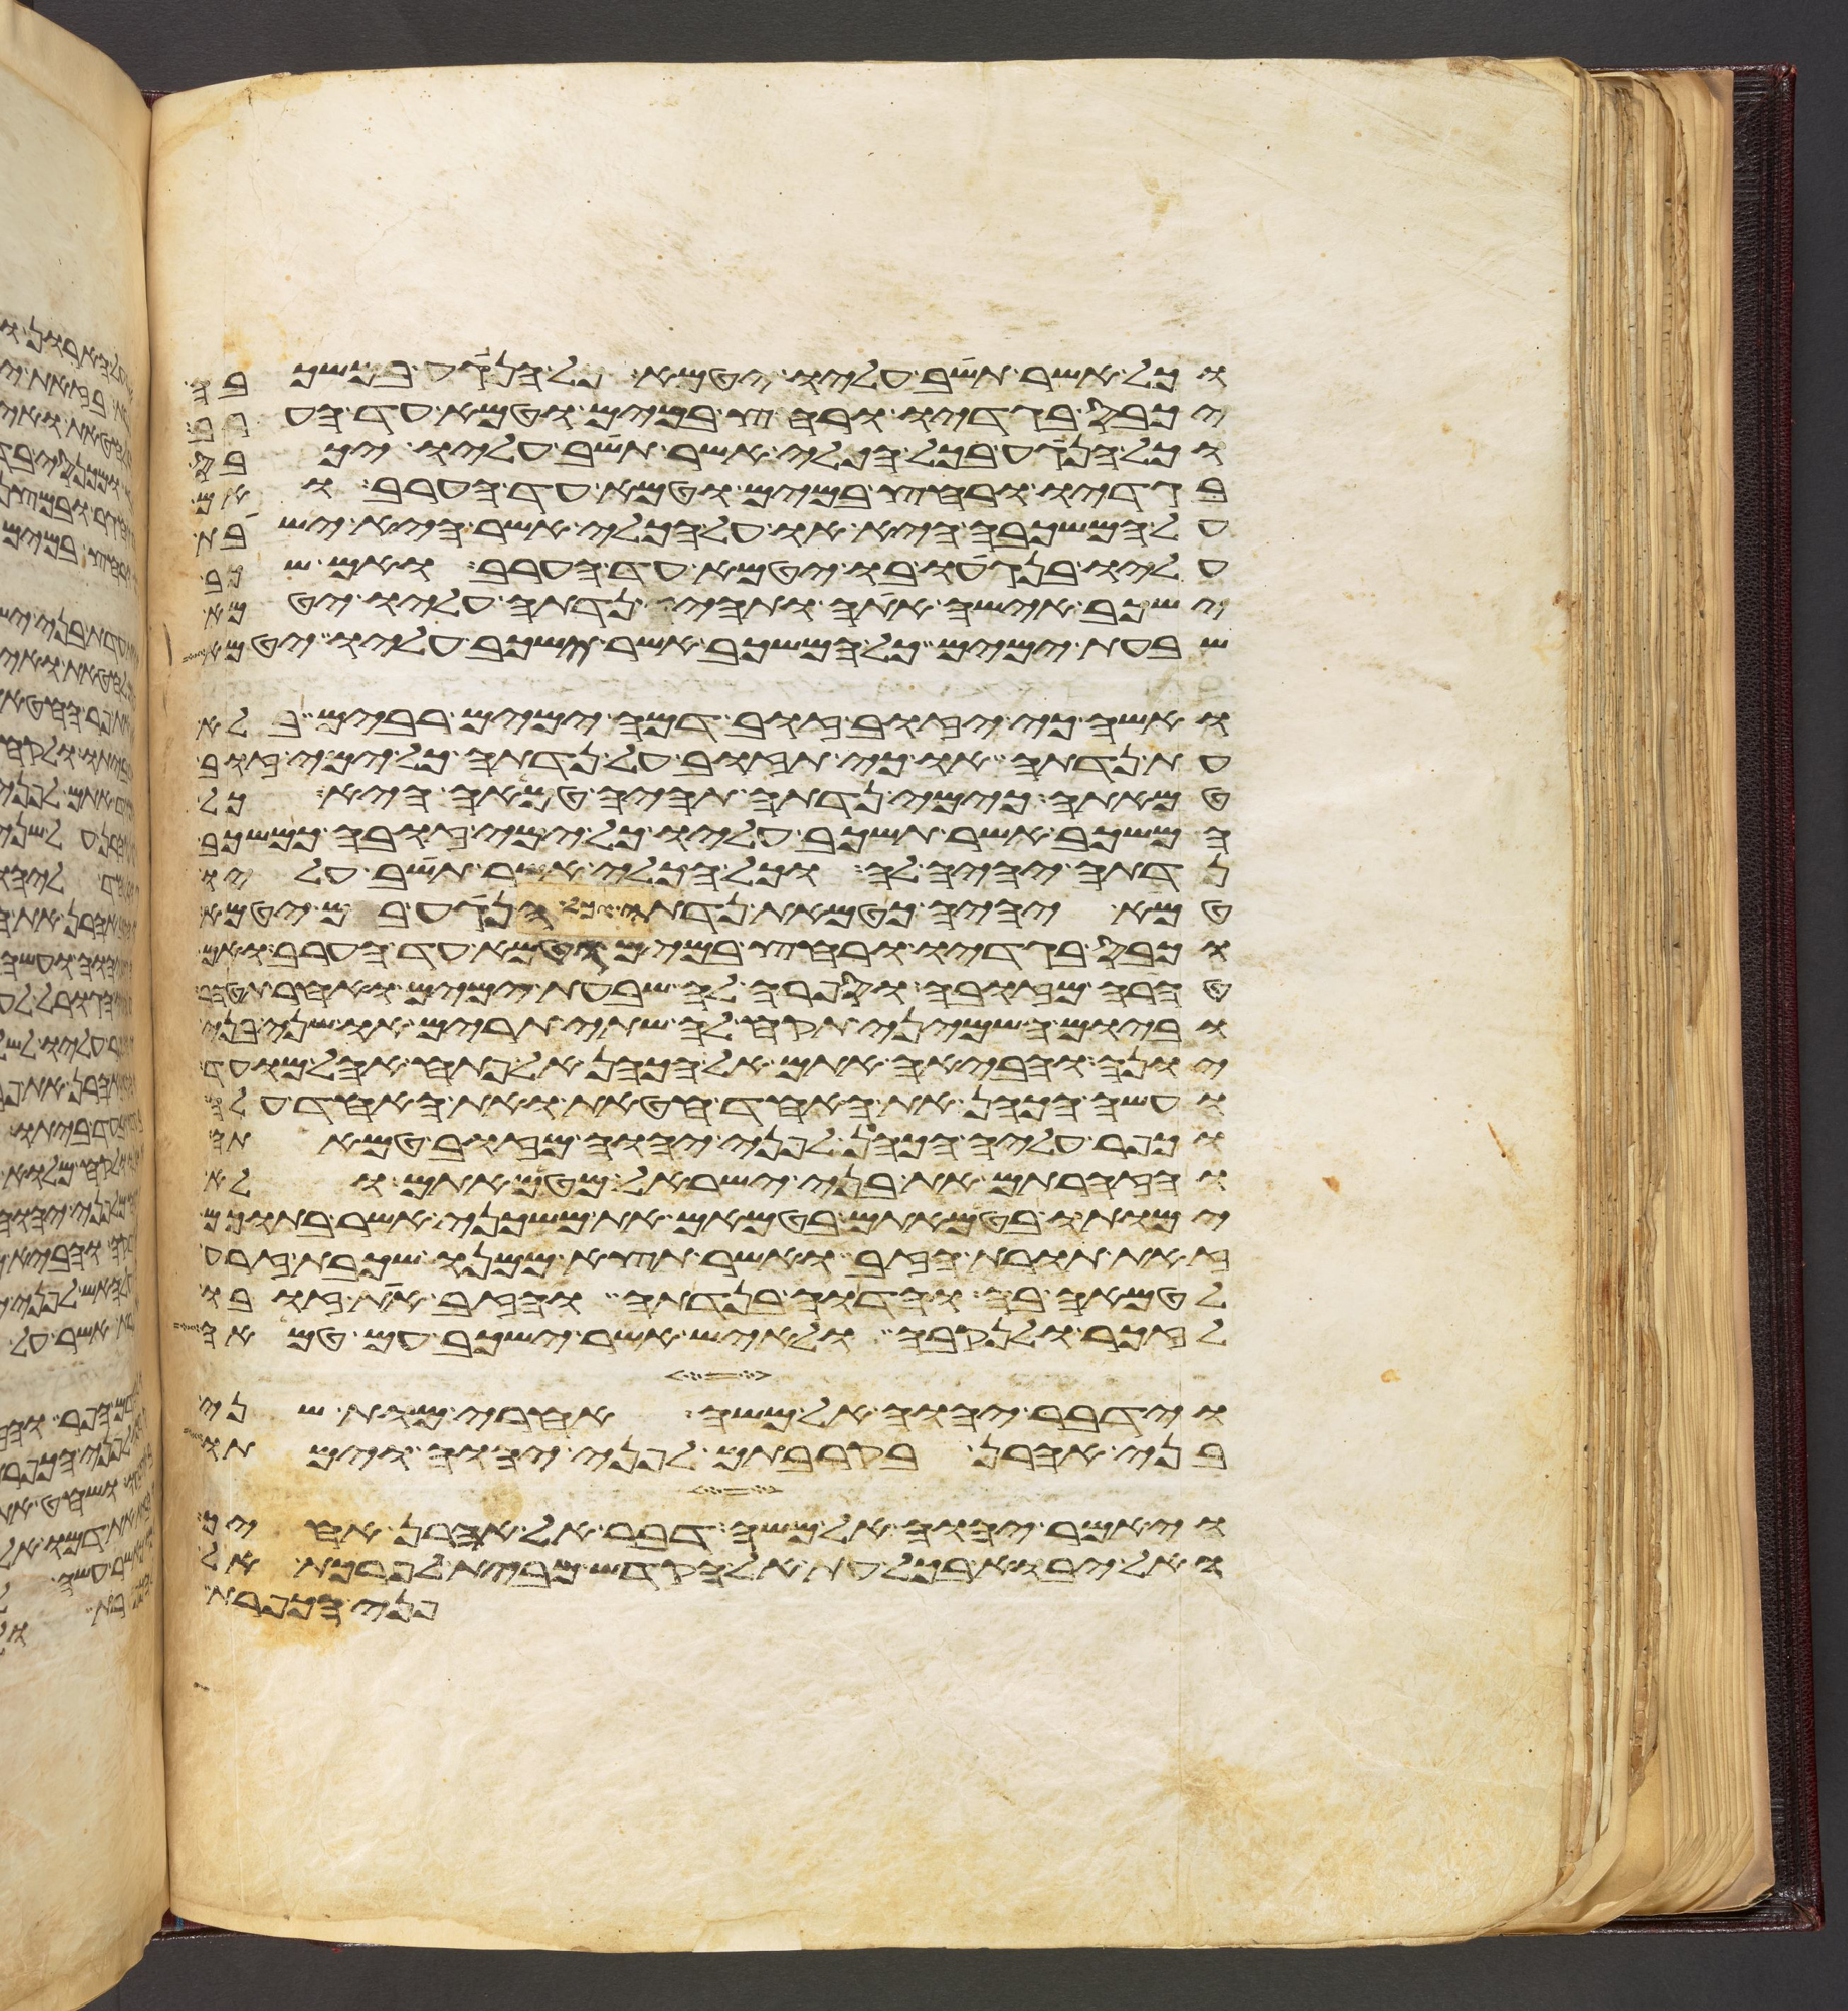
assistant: וכל אשר תשב עליו יטמא וכל הנגע במשכבה
יכבס בגדיו ורחץ במים וטמא עד הערב
וכל הנגע בכל הכלי אשר תשב עליו יכבס
בגדיו ורחץ במים וטמא עד הערב ואם
על המשכבה היא או על הכלי אשר היא ישבת
עליו בנגעו בו יטמא עד הערב ואם שכב
ישכב אישה אתה ותהי נדתה עליו יטמא
שבעת ימים וכל המשכב אשר ישכב עליו יטמא
ואשה כי יזוב זוב דמה ימים רבים בלא
עת נדתה או כי תזוב על נדתה כל ימי זוב
טמאתה כימי נדתה תהיה טמאה היא כל
המשכב אשר תשכב עליו כל ימי זובה כמשכב
נדתה יהיה לה וכל הכלי אשר תשב עליו
טמא יהיה כטמאת נדתה כל הנגע בם יטמא
וכבס בגדיו ורחץ במים וטמא עד הערב ואם
טהרה מזובה וספרה לה שבעת ימים ואחר תטהר
וביום השמיני תקח לה שתי תרים או שני בני
יונה והביאה אתם אל הכהן אל פתח אהל מועד
ועשה הכהן את האחד חטאת ואת האחד עלה
וכפר עליה הכהן לפני יהוה מזוב טמאתה
והזהרתם את בני ישראל מטמאתם ולא
ימותו בטמאתם בטמאם את משכני אשר בתוכם
זאת תורת הזב ואשר תצא ממנו שכבת זרע
לטמאה בה והדוה בנדתה והזב את זובו
לזכר ולנקבה ולאיש אשר ישכב עם טמאה
וידבר יהוה אל משה אחרי מות שני
בני אהרן בקרבתם לפני יהוה וימתו
ויאמר יהוה אל משה דבר אל אהרן אחיך
ואל יבוא בכל עת אל הקדש מבית לפרכת אל
פני הכפרת